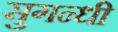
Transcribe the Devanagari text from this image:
सुगन्धी